Vaccination report Assam 1896-1927 - 1896-1927
Year: 1896
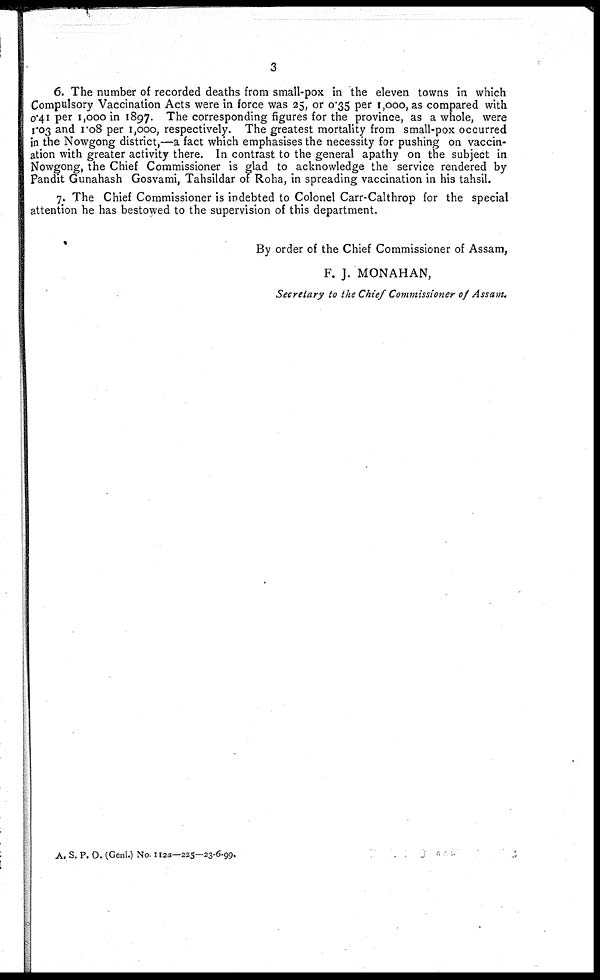
3
6. The number of recorded deaths from small-pox in the eleven towns in which
Compulsory Vaccination Acts were in force was 25, or 0.35 per 1,000, as compared with
0.41 per 1,000 in 1897. The corresponding figures for the province, as a whole, were
1.03 and 1.08 per 1,000, respectively. The greatest mortality from small-pox occurred
in the Nowgong district,—a fact which emphasises the necessity for pushing on vaccin-
ation with greater activity there. In contrast to the general apathy on the subject in
Nowgong, the Chief Commissioner is glad to acknowledge the service rendered by
Pandit Gunahash Gosvami, Tahsildar of Roha, in spreading vaccination in his tahsil.
7. The Chief Commissioner is indebted to Colonel Carr-Calthrop for the special
attention he has bestowed to the supervision of this department.
By order of the Chief Commissioner of Assam,
F. J. MONAHAN
Secretary to the Chief Commissioner of Assam.
A. S. P. O. (Genl.) No. 112a—225—23-6-99.